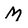
Character: M